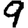
Digit: 9